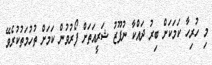
މި ހުރިހާ ކަމަކަށް ބިރު ދައްކާ ނުފޫޒު ޝަރީއަތަށް ފޯރުވުން ކަމަށް ތުހުމަތުކުރެވޭ